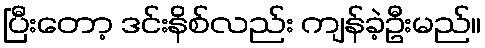
ပြီးတော့ ဒင်းနိစ်လည်း ကျန်ခဲ့ဦးမည်။